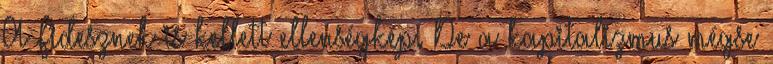
A Fidesznek is kellett ellenségkép. De a kapitalizmus mégse